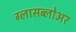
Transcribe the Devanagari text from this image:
ग्लासब्लोअर